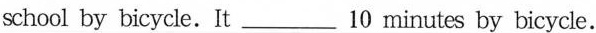
school by bicycle.It___10 minutes by bicycle.